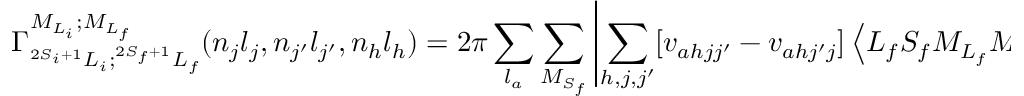
{ \Gamma } _ { ^ { 2 S _ { i } + 1 } L _ { i } ; ^ { 2 S _ { f } + 1 } L _ { f } } ^ { { M } _ { { L } _ { i } } ; { M } _ { { L } _ { f } } } ( n _ { j } l _ { j } , n _ { j ^ { \prime } } l _ { j ^ { \prime } } , n _ { h } l _ { h } ) = 2 \pi \sum _ { l _ { a } } \sum _ { M _ { S _ { f } } } \left\vert \sum _ { h , j , j ^ { \prime } } \lbrack { v } _ { a h j j ^ { \prime } } - { v } _ { a h j ^ { \prime } j } \rbrack \ensuremath { \left\langle { L } _ { f } { S } _ { f } { M } _ { { L } _ { f } } { M } _ { { S } _ { f } } \left\lvert { \hat { c } } _ { h } ^ { \dagger } { \hat { c } } _ { j ^ { \prime } } { \hat { c } } _ { j } \right\rvert { L } _ { i } { S } _ { i } { M } _ { { L } _ { i } } { S } _ { i } \right\rangle } \right\vert ^ { 2 } ,